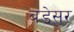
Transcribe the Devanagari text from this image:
बडेसर